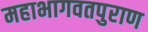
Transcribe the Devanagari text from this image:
महाभागवतपुराण